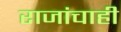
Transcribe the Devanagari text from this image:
राजांचाही